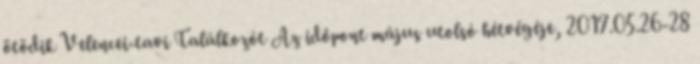
ötödik Velencei-tavi Találkozót Az időpont május utolsó hétvégéje, 2017.05.26-28